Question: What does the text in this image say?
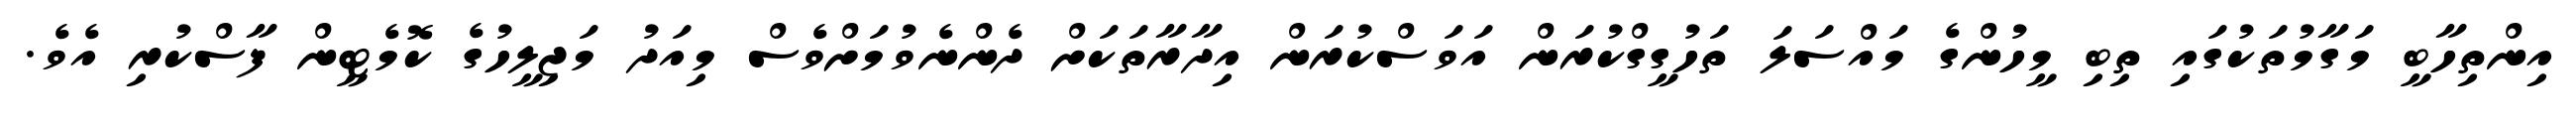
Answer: އިންތިހާބީ މަގާމުތަކުގައި ތިބި މީހުންގެ މައްސަލަ ތަހުގީގްކުރަން އަވަސްކުރަން އިދާރާތަކަށް ދެންނެވުމަށްވެސް މިއަދު މަޖިލީހުގެ ކޮމެޓީން ފާސްކުރި އެވެ.